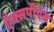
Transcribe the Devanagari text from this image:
ऍक्सपीऍस